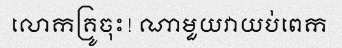
លោកគ្រូចុះ! ណាមួយវាយប់ពេក